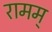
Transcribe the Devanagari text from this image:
रामम्